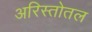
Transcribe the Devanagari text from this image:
अरिस्तोतल